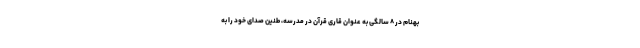
بهنام در ۸ سالگی به عنوان قاری قرآن در مدرسه، طنین صدای خود را به